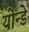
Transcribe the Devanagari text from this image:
योन्डे